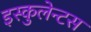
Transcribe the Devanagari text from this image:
इस्कुलेन्टस